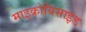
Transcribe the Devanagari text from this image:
माइक्रोबिसाइड